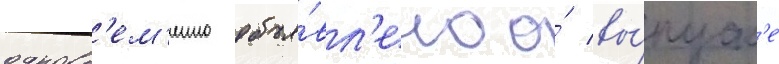
одновр'ем'енно объя́вл'ено о́ вы́пуск'е